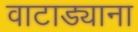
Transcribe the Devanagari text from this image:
वाटाड्याना